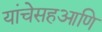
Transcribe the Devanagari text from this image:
यांचेसहआणि